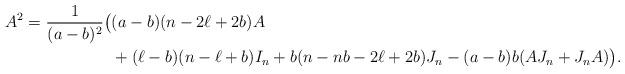
LaTeX: \begin{align*}A^2=\frac{1}{(a-b)^2}\big(&(a-b)(n-2\ell+2b)A\\&+(\ell-b)(n-\ell +b)I_n+b(n-nb-2\ell+2b)J_n-(a-b)b (AJ_n+J_nA)\big). \end{align*}